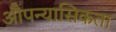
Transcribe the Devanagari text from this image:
औपन्यासिकता